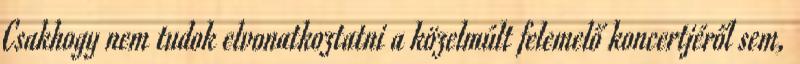
Csakhogy nem tudok elvonatkoztatni a közelmúlt felemelő koncertjéről sem,